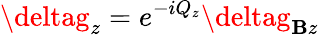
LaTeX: \deltag_{z}=e^{-iQ_{z}}\deltag_{\mathbf{B}z}